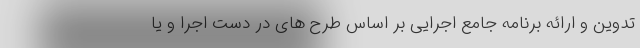
تدوین و ارائه برنامه جامع اجرایی بر اساس طرح های در دست اجرا و یا